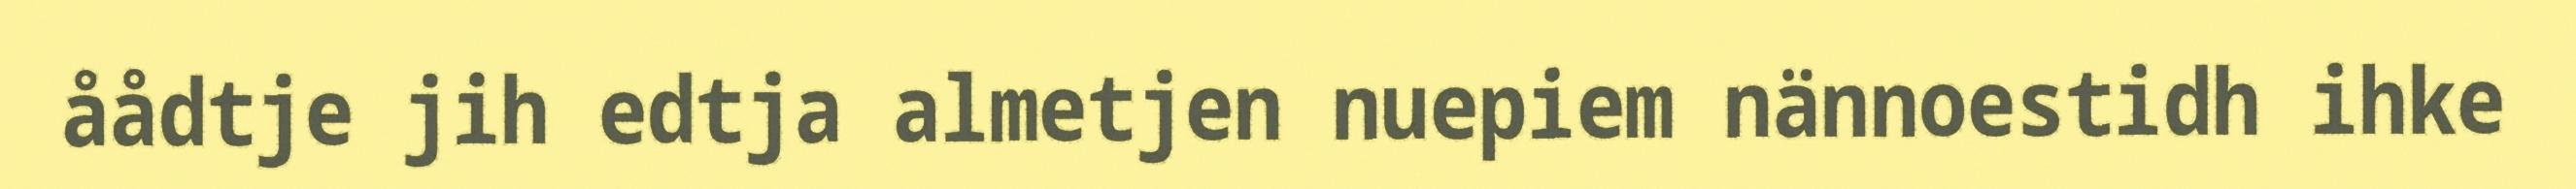
åådtje jih edtja almetjen nuepiem nännoestidh ihke